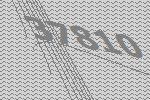
37810